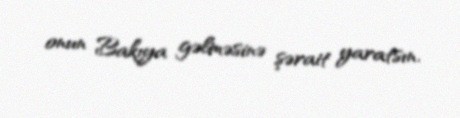
onun Bakıya gəlməsinə şərait yaratsın.